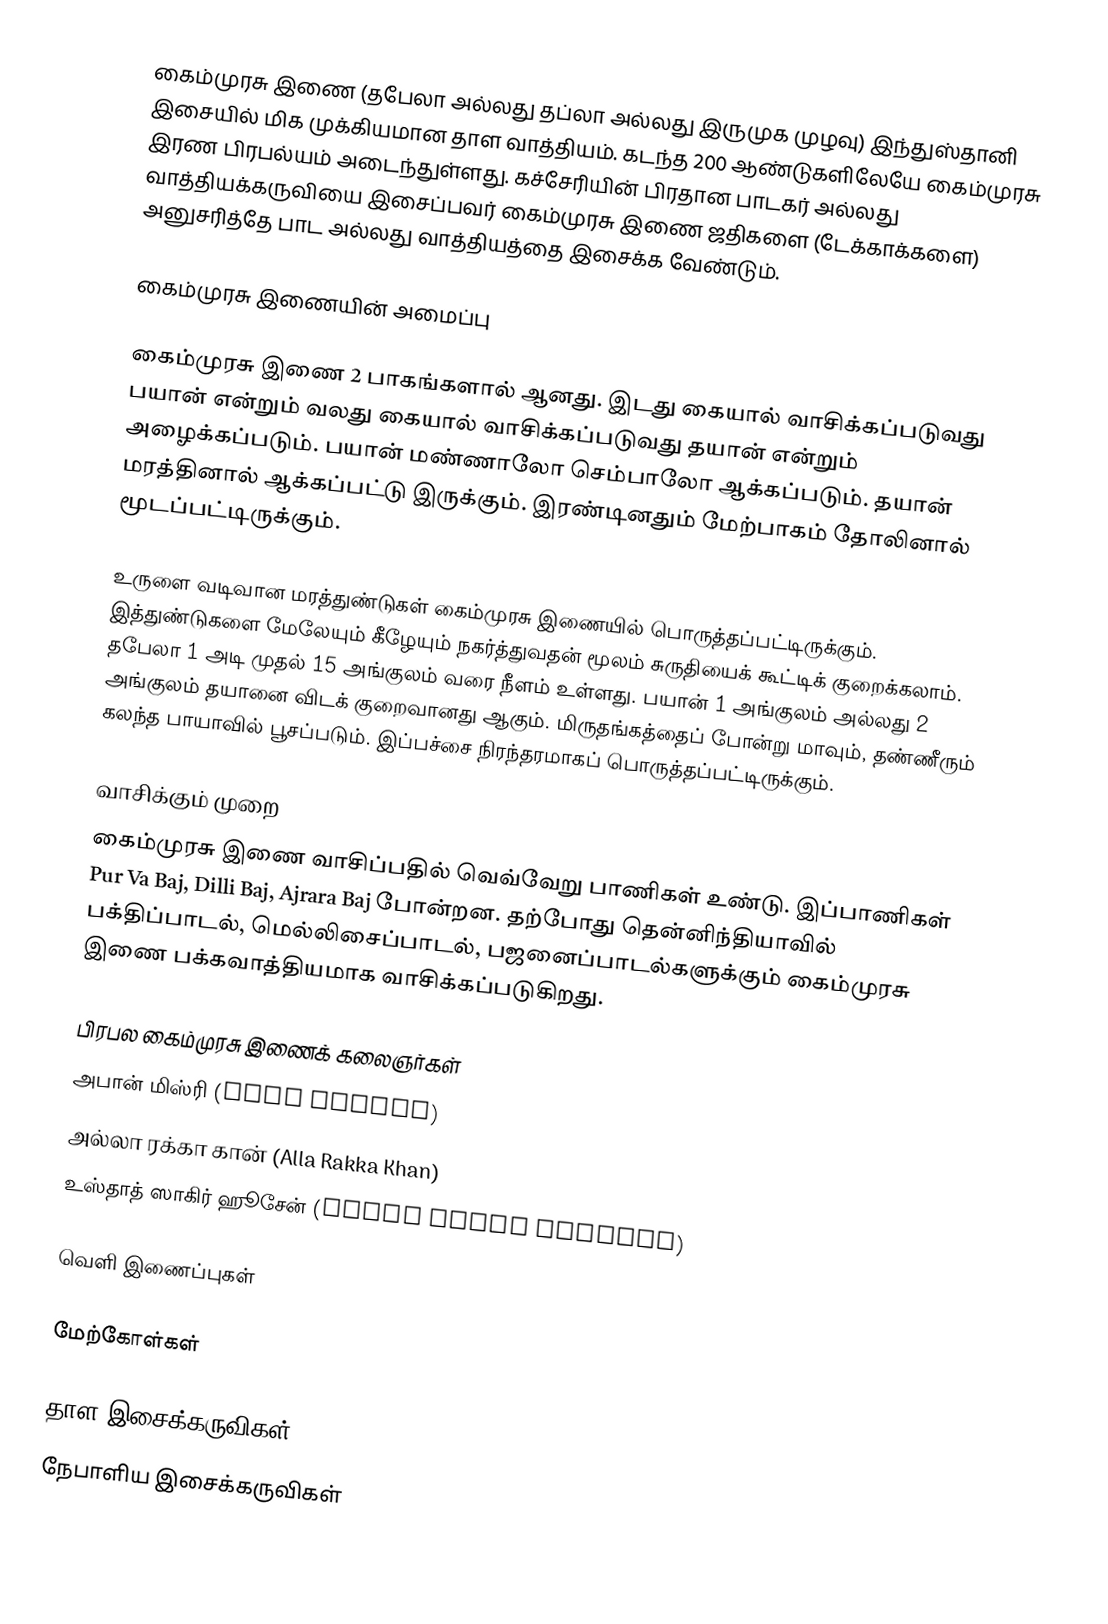
கைம்முரசு இணை (தபேலா அல்லது தப்லா அல்லது இருமுக முழவு) இந்துஸ்தானி இசையில் மிக முக்கியமான தாள வாத்தியம். கடந்த 200 ஆண்டுகளிலேயே கைம்முரசு இரண பிரபல்யம் அடைந்துள்ளது. கச்சேரியின் பிரதான பாடகர் அல்லது வாத்தியக்கருவியை இசைப்பவர் கைம்முரசு இணை ஜதிகளை (டேக்காக்களை) அனுசரித்தே பாட அல்லது வாத்தியத்தை இசைக்க வேண்டும்.

கைம்முரசு இணையின் அமைப்பு

கைம்முரசு இணை 2 பாகங்களால் ஆனது. இடது கையால் வாசிக்கப்படுவது பயான் என்றும் வலது கையால் வாசிக்கப்படுவது தயான் என்றும் அழைக்கப்படும். பயான் மண்ணாலோ செம்பாலோ ஆக்கப்படும். தயான் மரத்தினால் ஆக்கப்பட்டு இருக்கும். இரண்டினதும் மேற்பாகம் தோலினால் மூடப்பட்டிருக்கும்.

உருளை வடிவான மரத்துண்டுகள் கைம்முரசு இணையில் பொருத்தப்பட்டிருக்கும். இத்துண்டுகளை மேலேயும் கீழேயும் நகர்த்துவதன் மூலம் சுருதியைக் கூட்டிக் குறைக்கலாம். தபேலா 1 அடி முதல் 15 அங்குலம் வரை நீளம் உள்ளது. பயான் 1 அங்குலம் அல்லது 2 அங்குலம் தயானை விடக் குறைவானது ஆகும். மிருதங்கத்தைப் போன்று மாவும், தண்ணீரும் கலந்த பாயாவில் பூசப்படும். இப்பச்சை நிரந்தரமாகப் பொருத்தப்பட்டிருக்கும்.

வாசிக்கும் முறை
கைம்முரசு இணை வாசிப்பதில் வெவ்வேறு பாணிகள் உண்டு. இப்பாணிகள் Pur Va Baj, Dilli Baj, Ajrara Baj போன்றன. தற்போது தென்னிந்தியாவில் பக்திப்பாடல், மெல்லிசைப்பாடல், பஜனைப்பாடல்களுக்கும் கைம்முரசு இணை பக்கவாத்தியமாக வாசிக்கப்படுகிறது.

பிரபல கைம்முரசு இணைக் கலைஞர்கள்
 அபான் மிஸ்ரி (Aban Mistry)
 அல்லா ரக்கா கான் (Alla Rakka Khan)
 உஸ்தாத் ஸாகிர் ஹூசேன் (usted Zakir Hussain)

வெளி இணைப்புகள்

மேற்கோள்கள்

தாள இசைக்கருவிகள்
நேபாளிய இசைக்கருவிகள்